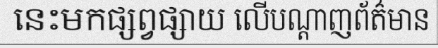
នេះមកផ្សព្វផ្សាយ លើបណ្តាញព័ត៌មាន